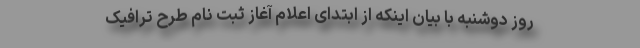
روز دوشنبه با بیان اینکه از ابتدای اعلام آغاز ثبت نام طرح ترافیک